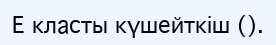
Е класты күшейткіш ().